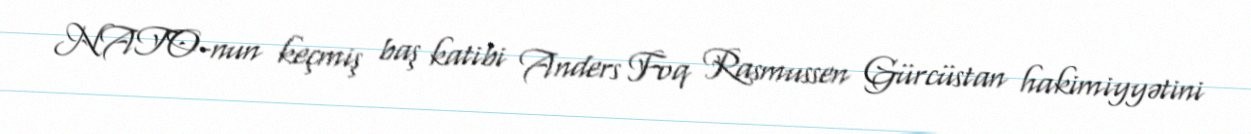
NATO-nun keçmiş baş katibi Anders Foq Rasmussen Gürcüstan hakimiyyətini